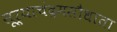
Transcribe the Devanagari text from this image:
सूर्याचंद्रमसौधाता